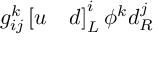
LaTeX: g _ { i j } ^ { k } \left[ u \quad d \right] _ { L } ^ { i } \phi ^ { k } d _ { R } ^ { j }